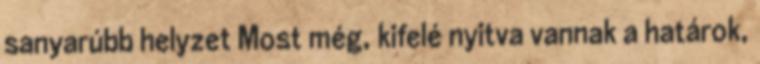
sanyarúbb helyzet Most még, kifelé nyitva vannak a határok,